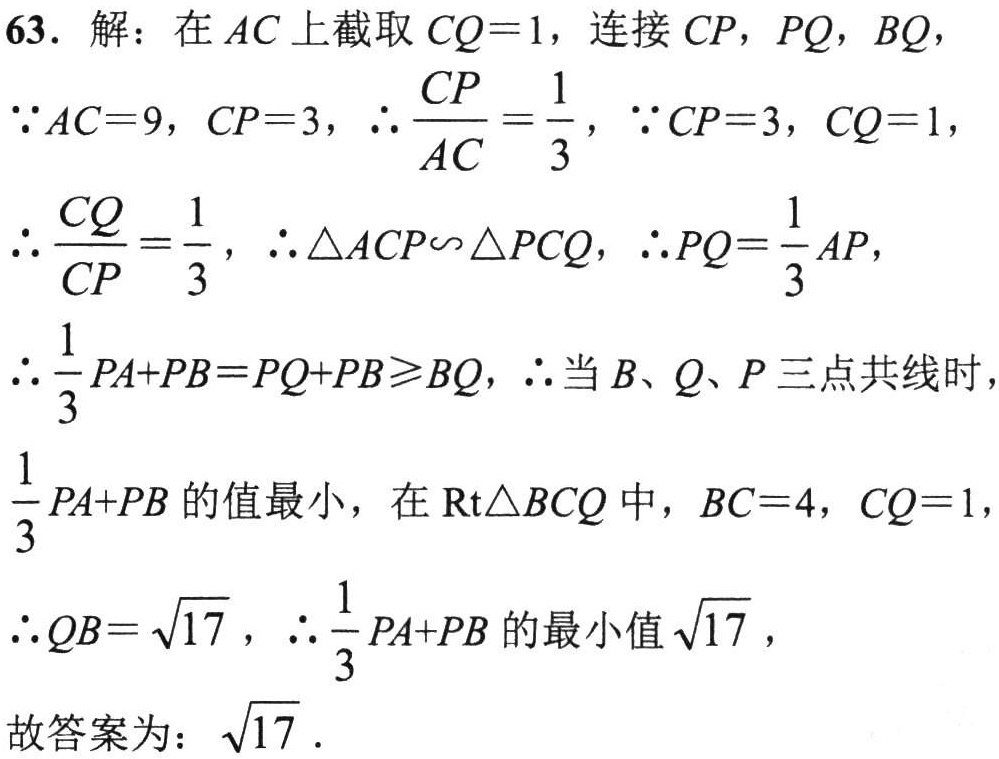
63. 解：在 \(AC\) 上截取 \(CQ = 1\)，连接 \(CP\)，\(PQ\)，\(BQ\)，
\(\because AC = 9\)，\(CP = 3\)，\(\therefore \frac{CP}{AC}=\frac{1}{3}\)，\(\because CP = 3\)，\(CQ = 1\)，
\(\therefore \frac{CQ}{CP}=\frac{1}{3}\)，\(\therefore \triangle ACP\sim\triangle PCQ\)，\(\therefore PQ=\frac{1}{3}AP\)，
\(\therefore \frac{1}{3}PA + PB=PQ + PB\geq BQ\)，\(\therefore\)当 \(B\)、\(Q\)、\(P\) 三点共线时，
\(\frac{1}{3}PA + PB\) 的值最小，在 \(\text{Rt}\triangle BCQ\) 中，\(BC = 4\)，\(CQ = 1\)，
\(\therefore QB=\sqrt{17}\)，\(\therefore \frac{1}{3}PA + PB\) 的最小值 \(\sqrt{17}\)，
故答案为：\(\sqrt{17}\)．